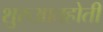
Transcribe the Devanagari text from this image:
शुरुआतहोती